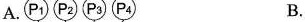
A. B.